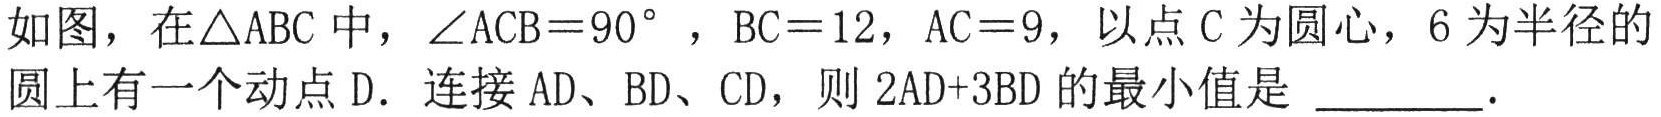
如图，在\(\triangle ABC\)中，\(\angle ACB = 90^{\circ}\)，\(BC = 12\)，\(AC = 9\)，以点\(C\)为圆心，\(6\)为半径的
圆上有一个动点\(D\). 连接\(AD\)、\(BD\)、\(CD\)，则 \(2AD + 3BD\) 的最小值是 \underline{\quad\quad}.